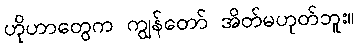
ဟိုဟာတွေက ကျွန်တော် အိတ်မဟုတ်ဘူး။